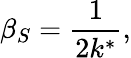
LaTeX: \beta_{S}=\frac{1}{2k^{*}},